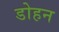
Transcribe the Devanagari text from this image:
डोहन